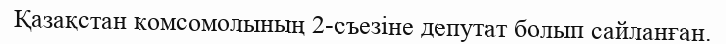
Қазақстан комсомолының 2-съезіне депутат болып сайланған.